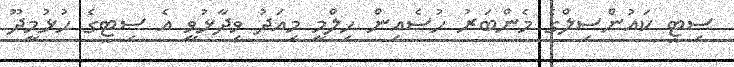
ސިޓީ ކައުންސިލްގެ މެންބަރު ހުސެއިން ހިލްމީ މިއަދު ވިދާޅުވީ އެ ސިޓީގެ ހުޅުމީދޫ